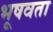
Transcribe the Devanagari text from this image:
भूषवता